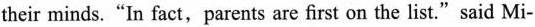
their minds."In fact,parents are first on the list."said Mi-